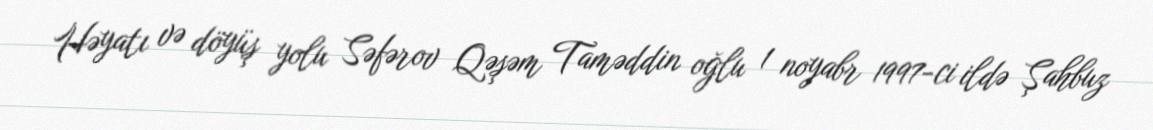
Həyatı və döyüş yolu Səfərov Qəşəm Taməddin oğlu 1 noyabr 1997-ci ildə Şahbuz